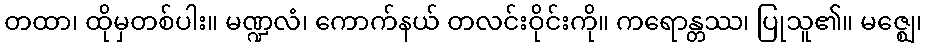
တထာ၊ ထိုမှတစ်ပါး။ မဏ္ဍလံ၊ ကောက်နယ် တလင်းဝိုင်းကို။ ကရောန္တဿ၊ ပြုသူ၏။ မဇ္ဈေ၊